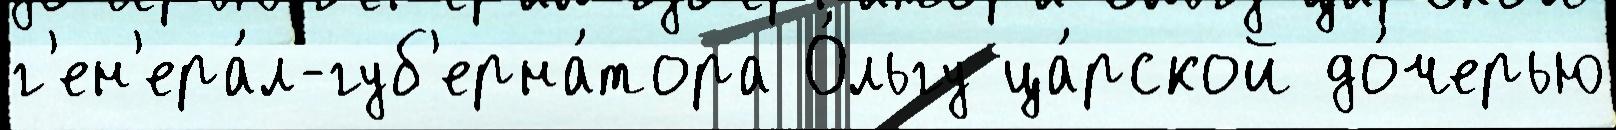
г'ен'ера́л-губ'ерна́тора О́льгу ца́рской до́черью